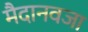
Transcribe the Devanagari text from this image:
मैदानवजा